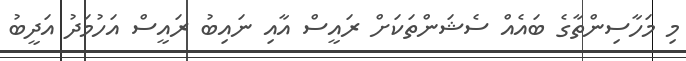
މި މަހާސިންތާގެ ބައެއް ސެޝަންތަކަށް ރައީސް އާއި ނައިބު ރައީސް އަހުމަދު އަދީބު